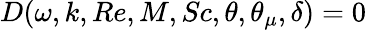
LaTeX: D(\omega,k,Re,M,Sc,\theta,\theta_{\mu},\delta)=0